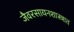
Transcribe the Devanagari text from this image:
जैवरसायनशास्त्रात